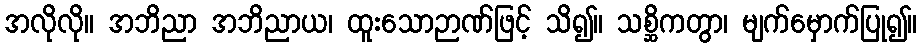
အလိုလို။ အဘိညာ အဘိညာယ၊ ထူးသောဉာဏ်ဖြင့် သိ၍။ သစ္ဆိကတွာ၊ မျက်မှောက်ပြု၍။